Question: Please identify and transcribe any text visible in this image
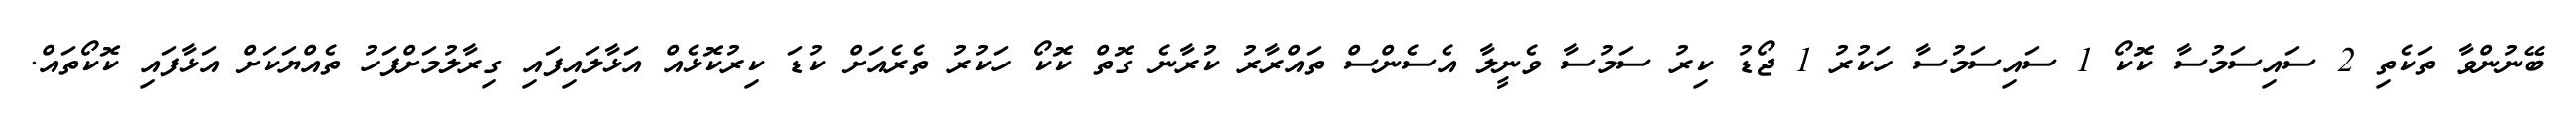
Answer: ބޭނުންވާ ތަކެތި 2 ސައިސަމުސާ ކޮކޯ 1 ސައިސަމުސާ ހަކުރު 1 ޖޯޑު ކިރު ސަމުސާ ވެނީލާ އެސެންސް ތައްރާރު ކުރާނެ ގޮތް ކޮކޯ ހަކުރު ތެރެއަށް ކުޑަ ކިރުކޮޅެއް އަޅާލައިފައި ގިރާލުމަށްފަހު ތެއްޔަކަށް އަޅާފައި ކޮކޯތައް.